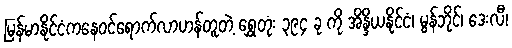
မြန်မာနိုင်ငံကနေဝင်ရောက်လာဟန်တူတဲ့ ရွှေတုံး ၃၉၄ ခု ကို အိန္ဒိယနိုင်ငံ၊ မွန်ဘိုင်၊ ဒေးလီ၊